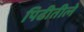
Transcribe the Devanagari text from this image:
पिढीतीले